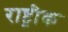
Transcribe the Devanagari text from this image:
राष्ट्रीक